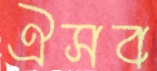
ঐসব